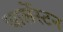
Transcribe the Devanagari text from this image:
चार्लेस्टन